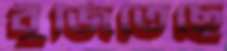
বুঁজিতেছে